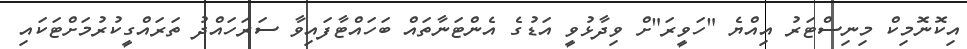
އިކޮނޮމިކް މިނިސްޓަރު އިއްޔެ "ހަވީރަ"ށް ވިދާޅުވީ އަޑުގެ އެންޓަނާތައް ބަހައްޓާފައިވާ ސަރަހައްދު ތަރައްގީކުރުމަށްޓަކައި